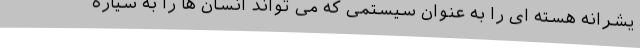
یشرانه هسته ای را به عنوان سیستمی که می تواند انسان ها را به سیاره